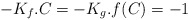
\begin{align*}-K_f.C = -K_g.f(C) = -1\end{align*}